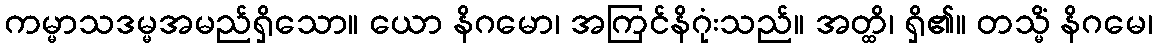
ကမ္မာသဒမ္မအမည်ရှိသော။ ယော နိဂမော၊ အကြင်နိဂုံးသည်။ အတ္ထိ၊ ရှိ၏။ တသ္မိံ နိဂမေ၊